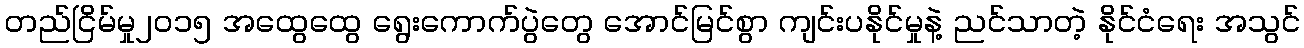
တည်ငြိမ်မှု၂၀၁၅ အထွေထွေ ရွေးကောက်ပွဲတွေ အောင်မြင်စွာ ကျင်းပနိုင်မှုနဲ့ ညင်သာတဲ့ နိုင်ငံရေး အသွင်